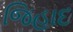
જિહાદ